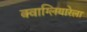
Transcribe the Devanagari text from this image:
क्वाग्लियारेला